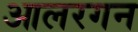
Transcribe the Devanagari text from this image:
आलरगन